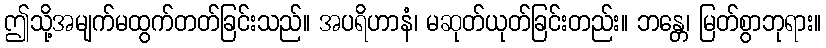
ဤသို့အမျက်မထွက်တတ်ခြင်းသည်။ အပရိဟာနံ၊ မဆုတ်ယုတ်ခြင်းတည်း။ ဘန္တေ၊ မြတ်စွာဘုရား။